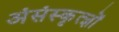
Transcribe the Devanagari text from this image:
अंसंस्कृत्ज्ञों